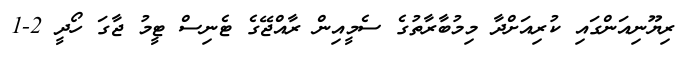
ރިޔޫނިއަންގައި ކުރިއަށްދާ މިމުބާރާތުގެ ސެމީއިން ރާއްޖޭގެ ޓެނިސް ޓީމު ޖާގަ ހޯދީ 2-1